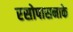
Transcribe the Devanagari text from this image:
रसोपासनाके